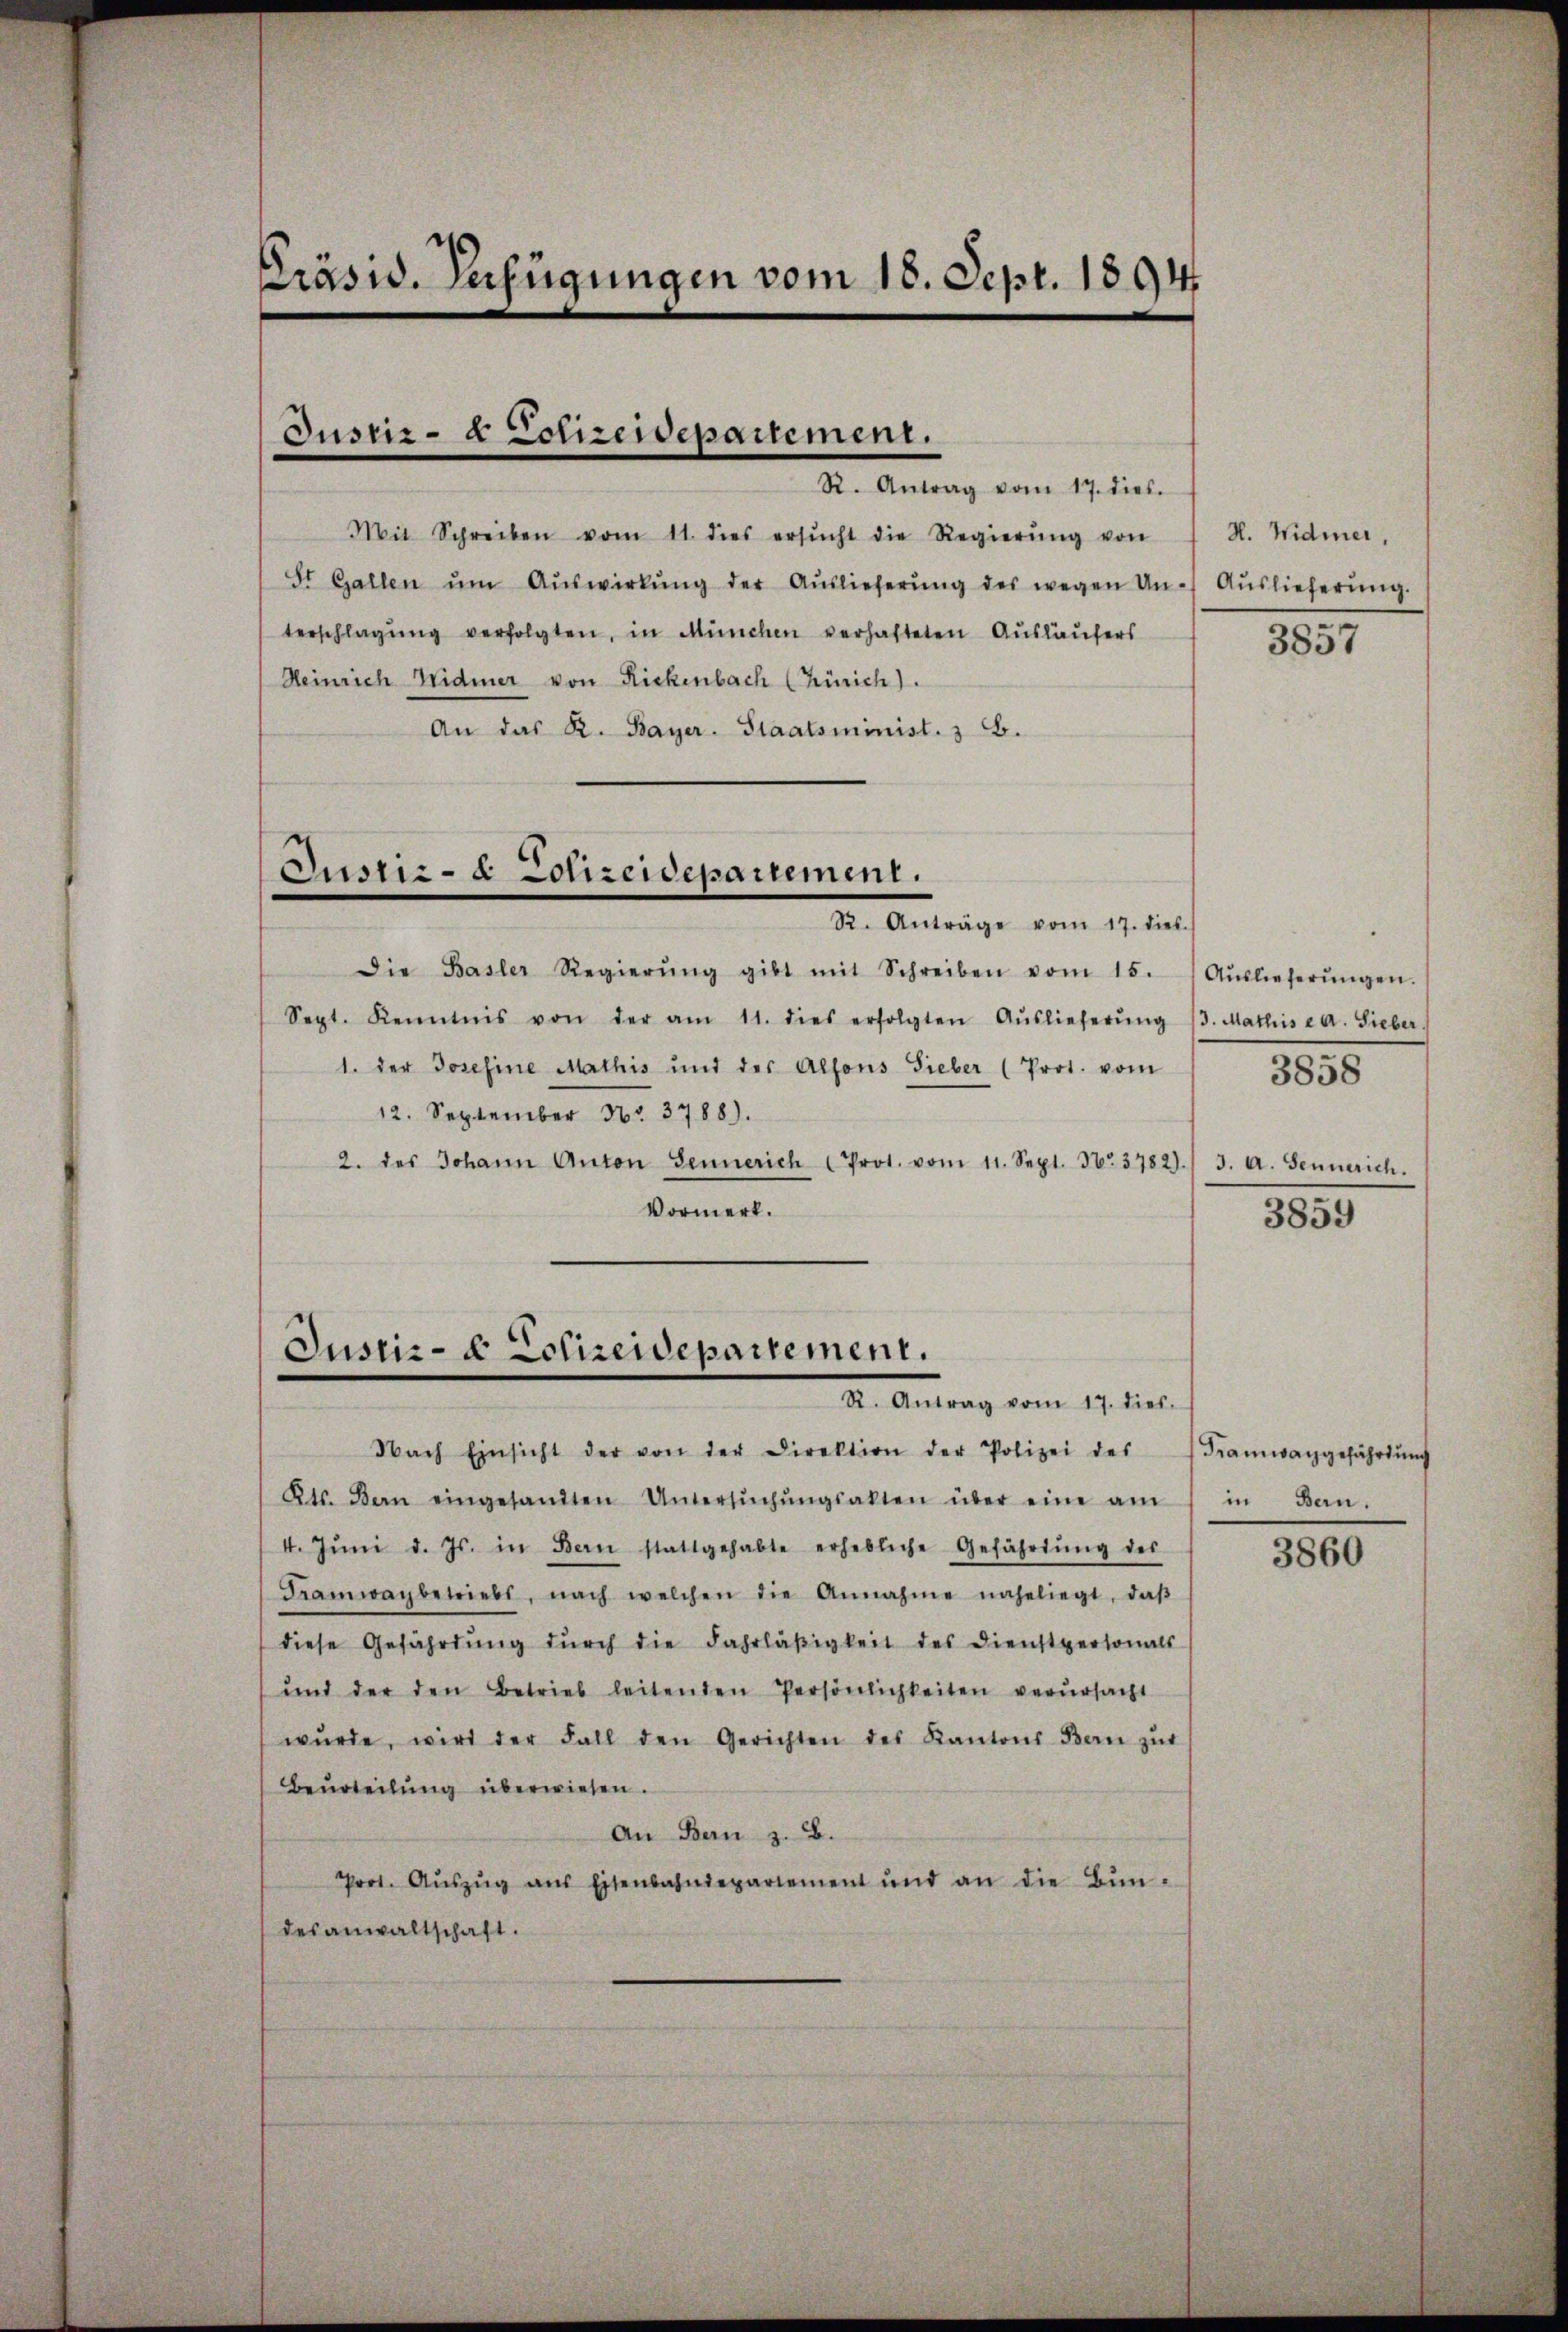
Präsid. Verfügungen vom 18. Sept. 1894

Justiz- & Polizeidepartement.

Mit Schreiben vom 11. dies ersŭcht die Regierŭng von
St. Gallen ŭm Aŭswirkŭng der Aŭslieferŭng des wegen Un- Aŭslieferŭng.
terschlagung verfolgten, in München verhafteten Ausläufers
Heinrich Widmer von Rickenbach (Zürich).
An das K. Bayer. Staatsminist. 3 E.

Gusni- Cotreidepartement.
R. Anträge vom 17. dies.

Die Basler Regierŭng gibt mit Schreiben vom 15. Aŭslieferŭngen.
Sept. Kenntnis von der am 11. dies erfolgten Aŭslieferŭng 13. Mathis a. a. Sieber
1. der Josefine Mathis und der Alfons Sieber (Prot. vom
12. September No. 3788).
2. des Johann Anton Sennerich Prot. vom 11. Sept. No. 3782).
Vormerk.

R. Antrag vom 17. dies.

Justiz- & Polizeidepartement.
R. Antrag vom 17. dies.

H. Widmer,
3857

Nach Einsicht der von der Direktion der Polizei des Tramwaggefährdŭng
Kts. Bern eingesandten Untersŭchŭngsakten über eine am
4. Jŭni d. Js. in Bern stattgehabte erhebliche Gefährtŭng des
Framwaybetriebe, nach welchen die Annahme naheliegt, daβ
diese Gefährtŭng dŭrch die Fahrläβigkeit des Dienstpersonals
und der den Betrieb leitenden Persönlichkeiten verŭrsacht
wŭrde, wird der Fall den Gerichten des Kantons Bern zŭr
Beurteilŭng überwiesen.
An Bern z. B.
Prot. Aŭszŭg aŭs Eisenbahndepartement und an die Bün-
desanwaltschaft.

J. A. Sennerich.
3859

3858

in Bern.

3860